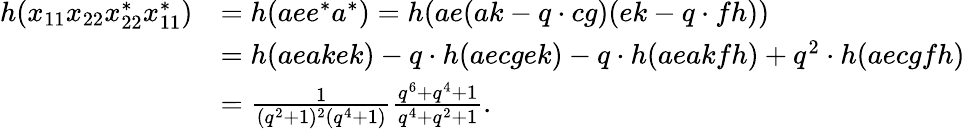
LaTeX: \begin{array}{rl}{h(x_{11}x_{22}x_{22}^{*}x_{11}^{*})}&{=h(aee^{*}a^{*})=h(ae(ak-q\cdot cg)(ek-q\cdot fh))}\\ &{=h(aeakek)-q\cdot h(aecgek)-q\cdot h(aeakfh)+q^{2}\cdot h(aecgfh)}\\ &{=\frac{1}{(q^{2}+1)^{2}(q^{4}+1)}\frac{q^{6}+q^{4}+1}{q^{4}+q^{2}+1}.}\end{array}